Annual report on the health of the army in India
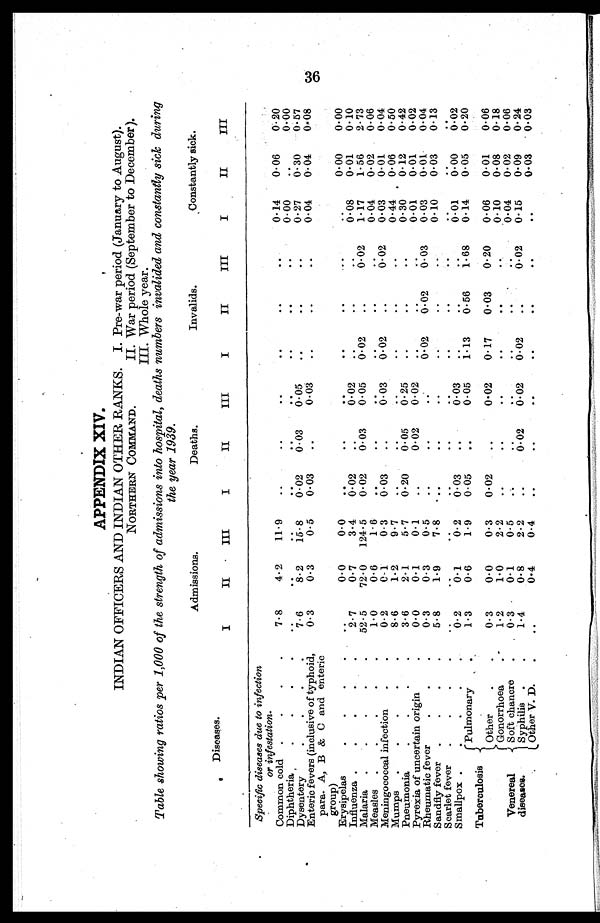
APPENDIX XIV.
INDIAN OFFICERS AND INDIAN OTHER RANKS.
NORTHERN COMMAND.
I.
I. Pre-war period (January to August).
II. War period (September to December).
III. Whole year.
Table showing ratios per 1,000 of the strength of admissions into hospital, deaths numbers invalided and constantly sick during
the year 1939.
Admissions.
Deaths.
Invalids.
Constantly sick.
Diseases.
I
II
III
I
II
III
I
II
III
I
II
III
Specific diseases due to infection
or infestation.
Common cold .
.
.
.
7.8
4.2
11.9
. .
. .
..
. .
. .
..
0.14
0.06
0.20
Diphtheria
.
. . .
..
. .
..
..
..
..
..
. .
..
0.00
..
0.00
D y s e n t e r y . . . .
7.6
8.2
15 . 8
0.02
0.03
O. 05
..
..
..
0.27
0.30
0.57
Enteric fevers (inclusive of typhoid,
para. A, B & C and enteric
group)
0.3
0.3
0.5
0.03
..
0.03
..
..
..
0.04
0.04
0.08
Erysipelas
. . . . .
. .
0.0
0.0
..
..
..
..
..
..
..
0.00
0.00
Influenza .
. . . .
2.7
0.7
3.4
0.02
..
0.02
..
..
..
0.08
0.01
0.10
Malaria .
.
.
.
.
52.5
72.0
124.5
0.02
0.03
0.05
0.02
..
0.02
1.17
1.56
2.73
Measles .
.
.
.
.
1.0
0.6
1.6
..
..
..
..
..
..
0.04
0.02
0.06
Meningococcal infection
.
.
0.2
0.1
0.3
0.03
..
0.03
0.02
..
0.02
0.03
0.01
0.04
Mumps
.
.
.
.
.
8.6
1.2
9.7
..
..
..
..
..
..
0.44
0 . 06
0.50
Pneumonia
.
.
.
3.6
2.1
5.7
0.20
0.05
0.25
..
..
..
0.30
0.12
0.42
Pyrexia of uncertain origin
.
0.0
0.1
0.1
..
0.02
0.02
..
..
..
0.01
0.01
0.02
Rheumatic fever
.
.
.
0.3
0.3
0.5
..
..
..
0.02
0.02
0.03
0.03
0.01
0.04
Sandfly fever .
.
.
.
5.8
1.9
7.8
..
..
..
..
..
..
0.10
0.03
0.13
Scarlet fever
.
.
.
.
..
..
..
..
..
..
..
..
..
..
..
..
Smallpox
.
.
.
0.2
0.1
0.2
0.03
..
0.03
..
..
..
0.01
0.00
0.02
Tuberculosis
Pulmonary .
1.3
0.6
1.9
0.05
..
0.05
1.13
0.56
1.68
0.14
0.05
0.20
Other
.
.
0.3
0.0
0.3
0.02
..
0.02
0.17
0.03
0.20
0.06
0.01
0.06
Venereal
diseases.
Gonorrhoea
. .
1.2
1.0
2.2
..
..
..
..
..
..
0.10
0.08
0.18
Soft chancre
.
0.3
0.1
0.5
..
..
..
..
..
..
0.04
0.02
0.06
Syphilis .
.
1.4
0.8
2.2
..
0.02
0.02
0.02
..
0.02
0.15
0.09
0.24
Other V. D.
.
..
0.4
0.4
..
..
..
..
. .
..
. .
0.03
0.03